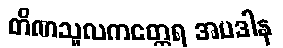
တိဏသူလကတ္ထေရ အပဒါန